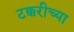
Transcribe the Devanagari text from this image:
टक्करीच्या